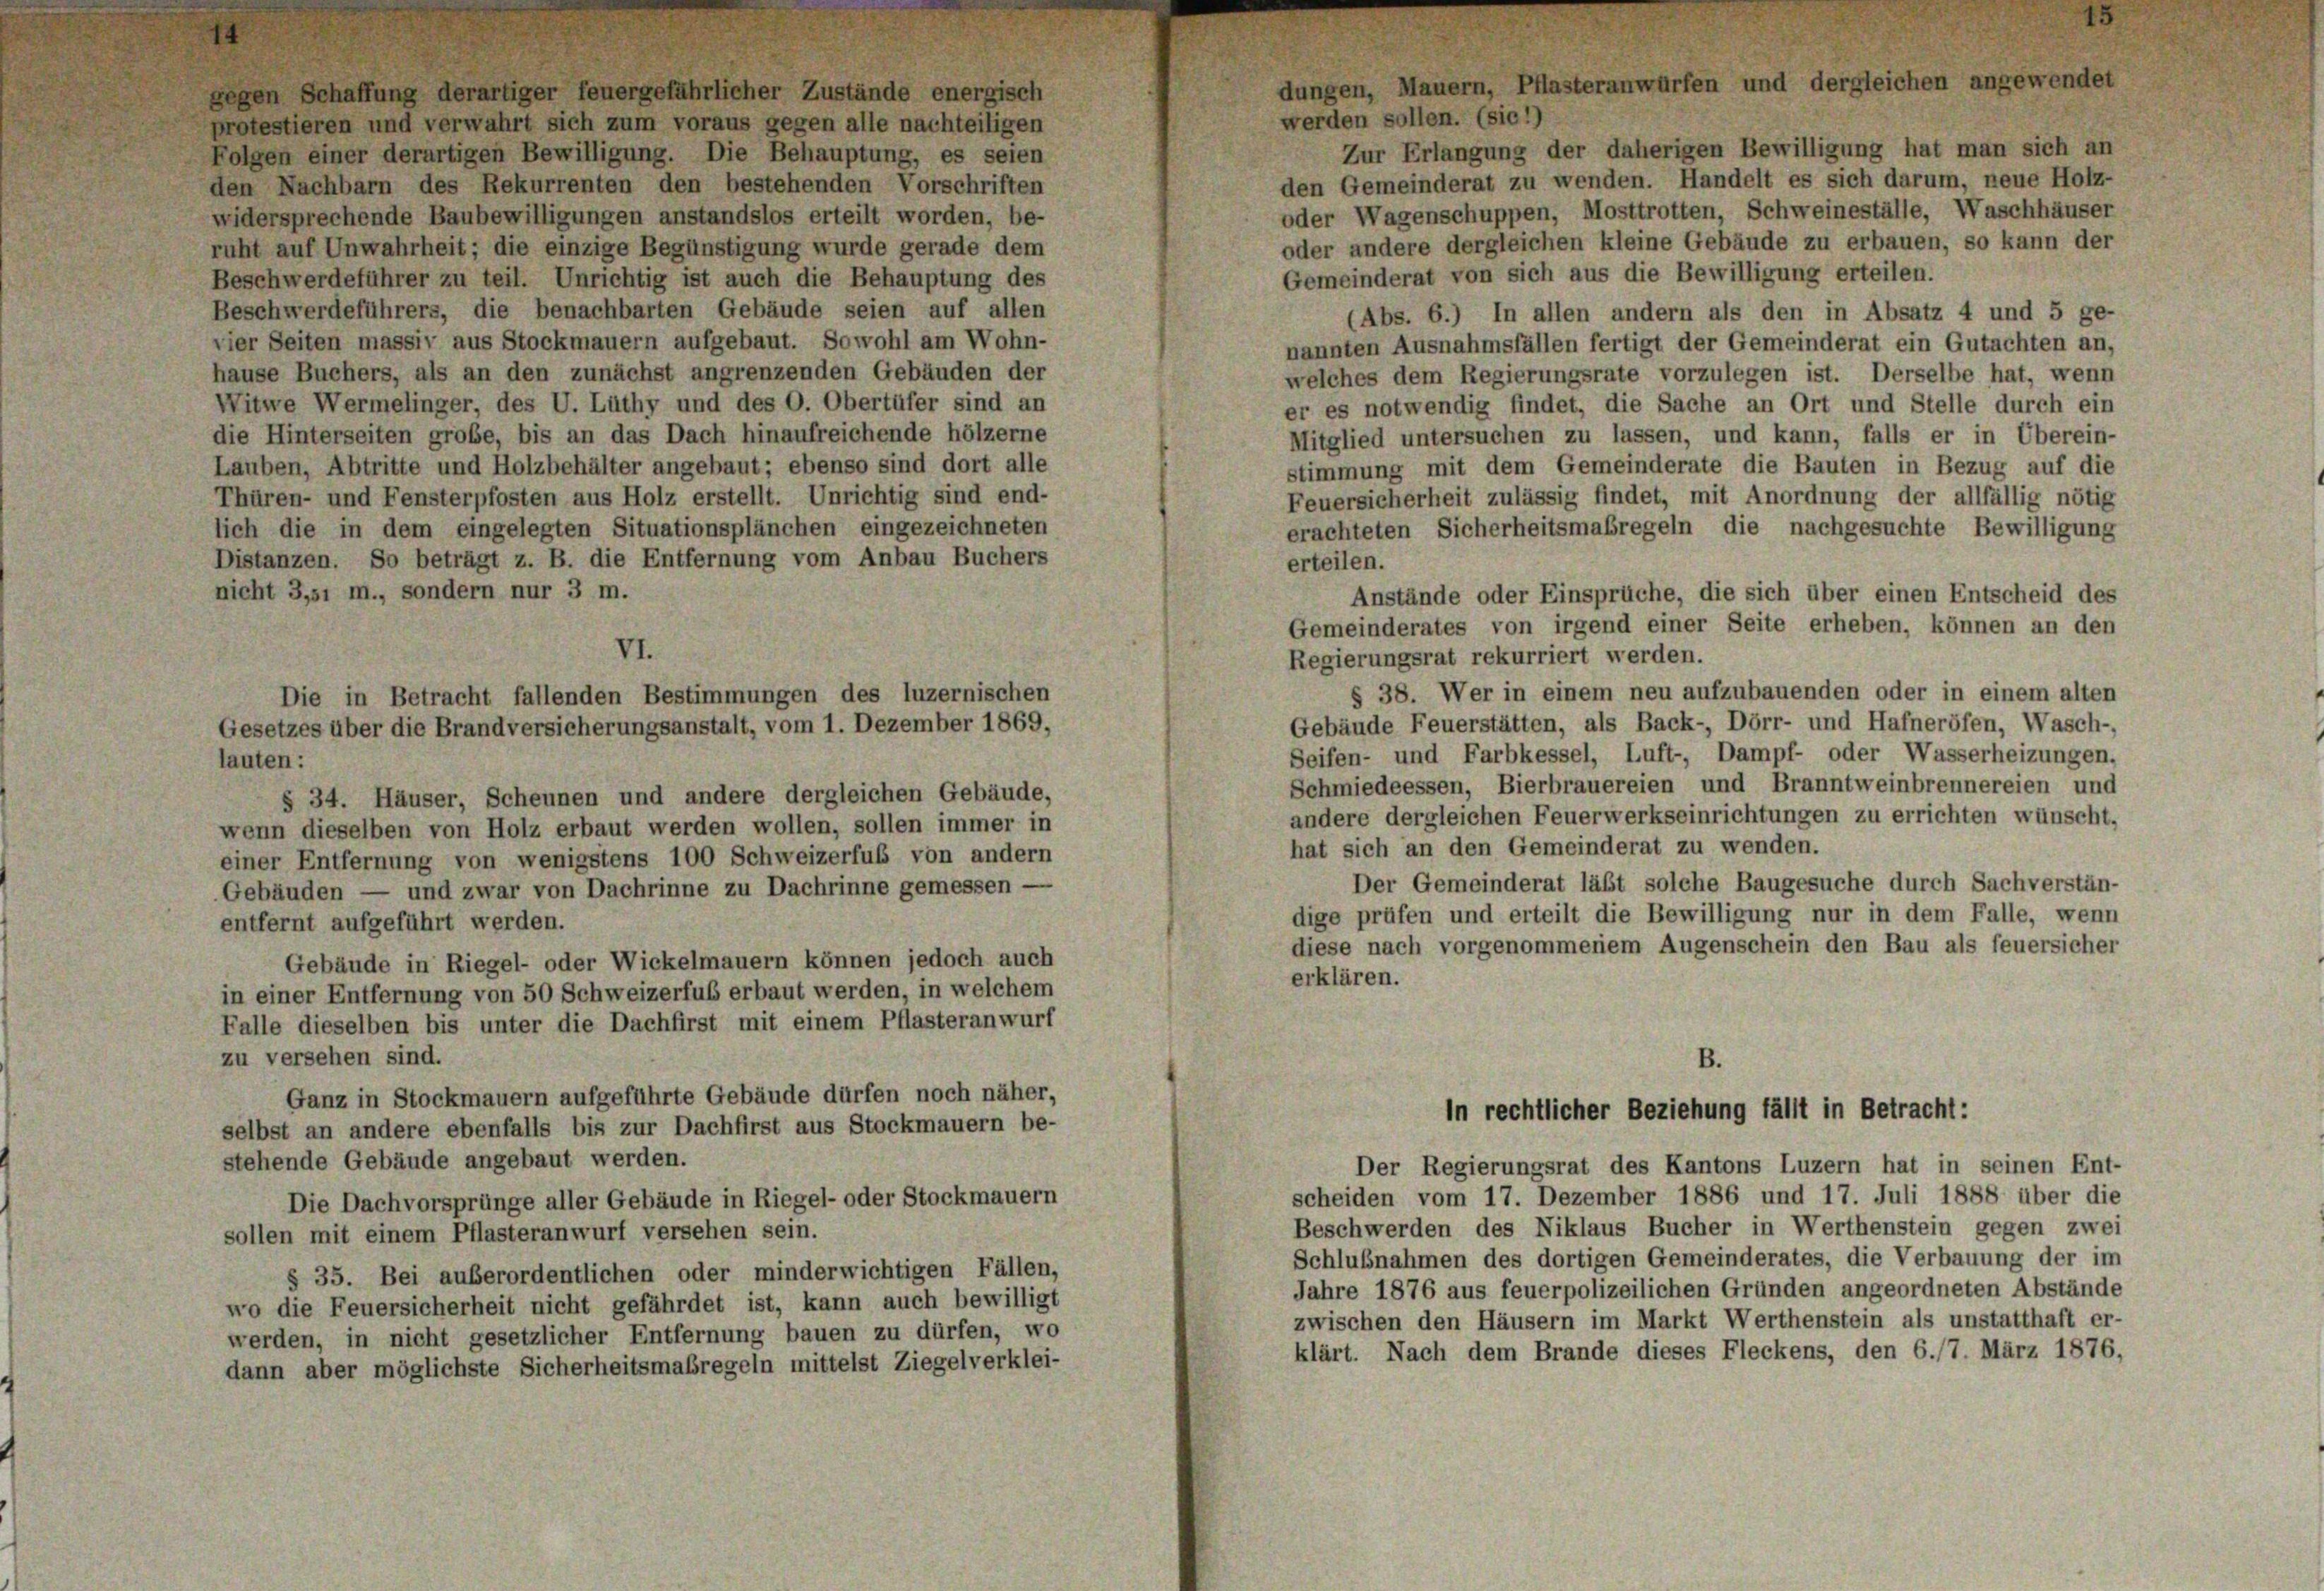
gegen Schaffung derartiger feuergefährlicher Zustände energisch
werden sollen. (sic!)
protestieren und verwahrt sich zum voraus gegen alle nachteiligen
Zur Erlangung der daherigen Bewilligung hat man sich an
Folgen einer derartigen Bewilligung. Die Behauptung, es seien
den Gemeinderat zu wenden. Handelt es sich darum, neue Holz-
den Nachbarn des Rekurrenten den bestehenden Vorschriften
oder Wagenschuppen, Mosttrotten, Schweineställe, Waschhäuser
widersprechende Baubewilligungen anstandslos erteilt worden, be-
oder andere dergleichen kleine Gebäude zu erbauen, so kann der
ruht auf Unwahrheit; die einzige Begünstigung wurde gerade dem
Gemeinderat von sich aus die Bewilligung erteilen.
Beschwerdeführer zu teil. Unrichtig ist auch die Behauptung des
Beschwerdeführers, die benachbarten Gebäude seien auf allen
(Abs. 6.) In allen andern als den in Absatz 4 und 5 ge-
vier Seiten massiv aus Stockmauern aufgebaut. Sowohl am Wohn-
nannten Ausnahmsfällen fertigt der Gemeinderat ein Gutachten an,
hause Buchers, als an den zunächst angrenzenden Gebäuden der
welches dem Regierungsrate vorzulegen ist. Derselbe hat, wenn
Witwe Wermelinger, des U. Lüthy und des O. Obertüfer sind an
er es notwendig findet, die Sache an Ort und Stelle durch ein
die Hinterseiten große, bis an das Dach hinaufreichende hölzerne
Mitglied untersuchen zu lassen, und kann, falls er in Überein-
Lauben, Abtritte und Holzbehälter angebaut; ebenso sind dort alle
stimmung mit dem Gemeinderate die Bauten in Bezug auf die
Feuersicherheit zulässig findet, mit Anordnung der allfällig nötig
Thüren- und Fensterpfosten aus Holz erstellt. Unrichtig sind end-
lich die in dem eingelegten Situationsplänchen eingezeichneten
erachteten Sicherheitsmaßregeln die nachgesuchte Bewilligung
Distanzen. So beträgt z. B. die Entfernung vom Anbau Buchers
erteilen.
nicht 3,51 m., sondern nur 3 m.
Gemeinderates von irgend einer Seite erheben, können an den
VI.
Regierungsrat rekurriert werden.
§ 38. Wer in einem neu aufzubauenden oder in einem alten
Gebäude Feuerstätten, als Back-, Dörr- und Hafneröfen, Wasch-
Seifen- und Farbkessel, Luft-, Dampf- oder Wasserheizungen,
lauten:
Schmiedeessen, Bierbrauereien und Branntweinbrennereien und
§ 34. Häuser, Scheunen und andere dergleichen Gebäude,
andere dergleichen Feuerwerkseinrichtungen zu errichten wünscht,
wenn dieselben von Holz erbaut werden wollen, sollen immer in
hat sich an den Gemeinderat zu wenden.
einer Entfernung von wenigstens 100 Schweizerfuß von andern
Der Gemeinderat läßt solche Baugesuche durch Sachverstän-
Gebäuden — und zwar von Dachrinne zu Dachrinne gemessen —
dige prüfen und erteilt die Bewilligung nur in dem Falle, wenn
entfernt aufgeführt werden.
diese nach vorgenommenem Augenschein den Bau als feuersicher
Gebäude in Riegel- oder Wickelmauern können jedoch auch
erklären.
in einer Entfernung von 50 Schweizerfub erbaut werden, in welchem
Falle dieselben bis unter die Dachfirst mit einem Pflasteranwurf
zu versehen sind.
B.
Ganz in Stockmauern aufgeführte Gebäude dürfen noch näher,
in rechtlicher Beziehung fällt in Betracht:
selbst an andere ebenfalls bis zur Dachfirst aus Stockmauern be-
stehende Gebäude angebaut werden.
Der Regierungsrat des Kantons Luzern hat in seinen Ent-
scheiden vom 17. Dezember 1886 und 17. Juli 1888 über die
Die Dachvorsprünge aller Gebäude in Riegel- oder Stockmauern
Beschwerden des Niklaus Bucher in Werthenstein gegen zwei
sollen mit einem Pflasteranwurf versehen sein.
Schlußnahmen des dortigen Gemeinderates, die Verbauung der im
§ 35. Bei außerordentlichen oder minderwichtigen Fällen,
Jahre 1876 aus feuerpolizeilichen Gründen angeordneten Abstände
wo die Feuersicherheit nicht gefährdet ist, kann auch bewilligt
zwischen den Häusern im Markt Werthenstein als unstatthaft er-
werden, in nicht gesetzlicher Entfernung bauen zu dürfen, wo
klärt. Nach dem Brande dieses Fleckens, den 6./7. März 1876,
dann aber möglichste Sicherheitsmaßregeln mittelst Ziegelverklei-

Die in Betracht fallenden Bestimmungen des luzernischen
Gesetzes über die Brandversicherungsanstalt, vom 1. Dezember 1869,

dungen, Mauern, Pflasteranwürfen und dergleichen angewendet

Anstände oder Einsprüche, die sich über einen Entscheid des